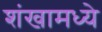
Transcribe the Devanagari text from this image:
शंखामध्ये